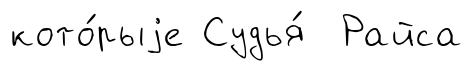
кото́рыjе Судья́ Райса